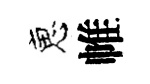
恵帷